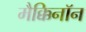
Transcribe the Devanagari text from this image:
मैक्किनॉन